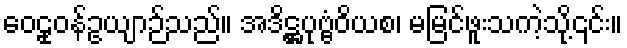
ဝေဠုဝန်ဥယျာဉ်သည်။ အဒိဋ္ဌပုဗ္ဗံဝိယစ၊ မမြင်ဖူးသကဲ့သို့၎င်း။